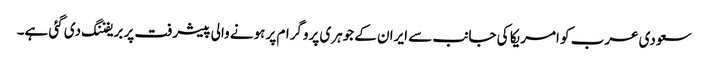
سعودی عرب کو امریکا کی جانب سے ایران کے جوہری پروگرام پر ہونے والی پیشرفت پر بریفننگ دی گئی ہے۔